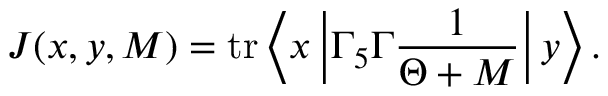
J ( x , y , M ) = \mathrm { t r } \left\langle x \left| \Gamma _ { 5 } \Gamma \frac { 1 } { \Theta + M } \right| y \right\rangle .